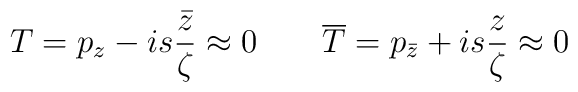
T=p_z-is\frac{\bar{z}}{\zeta}\approx 0\qquad\overline{T}=p_{\bar{z}}+is\frac{z}{\zeta}\approx 0